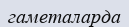
гаметаларда